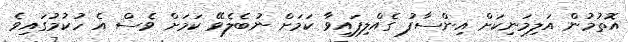
އޮތުމުން އަލިމަނިކަށް އިންސާފު ގެއްލިފައިވާ ކަމަށް ނުބެލެވޭ ކަމަށް ވެސް އެ ހުކުމުގައިވެ